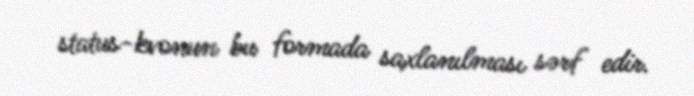
status-kvonun bu formada saxlanılması sərf edir.